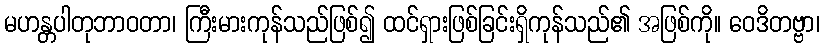
မဟန္တပါတုဘာဝတာ၊ ကြီးမားကုန်သည်ဖြစ်၍ ထင်ရှားဖြစ်ခြင်းရှိကုန်သည်၏ အဖြစ်ကို။ ဝေဒိတဗ္ဗာ၊